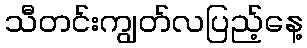
သီတင်းကျွတ်လပြည့်နေ့